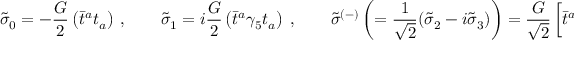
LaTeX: { \tilde { \sigma } } _ { 0 } = - \frac { G } { 2 } \left( \bar { t } ^ { a } t _ { a } \right) \ , \qquad { \tilde { \sigma } } _ { 1 } = i \frac { G } { 2 } \left( \bar { t } ^ { a } \gamma _ { 5 } t _ { a } \right) \ , \qquad { \tilde { \sigma } } ^ { ( - ) } \left( = \frac { 1 } { \sqrt { 2 } } ( { \tilde { \sigma } } _ { 2 } - i { \tilde { \sigma } } _ { 3 } ) \right) = \frac { G } { \sqrt { 2 } } \left[ \bar { t } ^ { a } \left( \frac { 1 - \gamma _ { 5 } } { 2 } \right) b _ { a } \right] \ ,